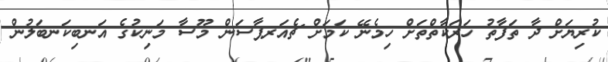
ކުރިޔަށް ދާ ތަފާތު ހަރަކާތްތަށް ހިމެނޭ ކަމަށް ޗެއަރޕާސަން މޫސާ މަނިކުގެ އަނބިކަނބަލުން